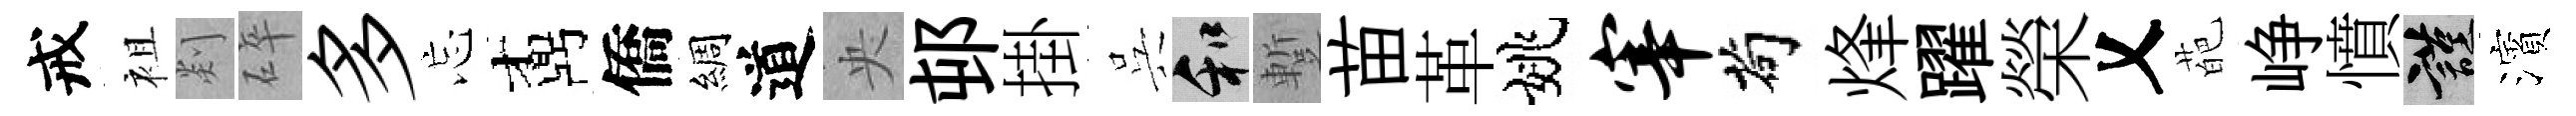
戒袓剡碎多忘鼒僑綢道央邨掛呉和蹔苗革姚宰茍烽躍榮乂葩峥憤謹濱